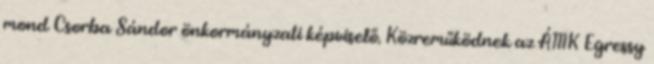
mond Csorba Sándor önkormányzati képviselő. Közreműködnek az ÁMK Egressy